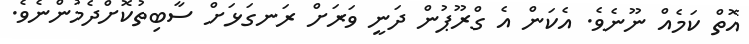
އޮތް ކަމެއް ނޫނެވެ. އެކަން އެ ގްރޫޕުން ދަނީ ވަރަށް ރަނގަޅަށް ސާބިތުކޮށްދެމުންނެވެ.